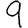
Digit: 9